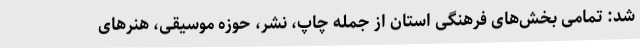
شد: تمامی بخش‌های فرهنگی استان از جمله چاپ، نشر، حوزه موسیقی، هنرهای